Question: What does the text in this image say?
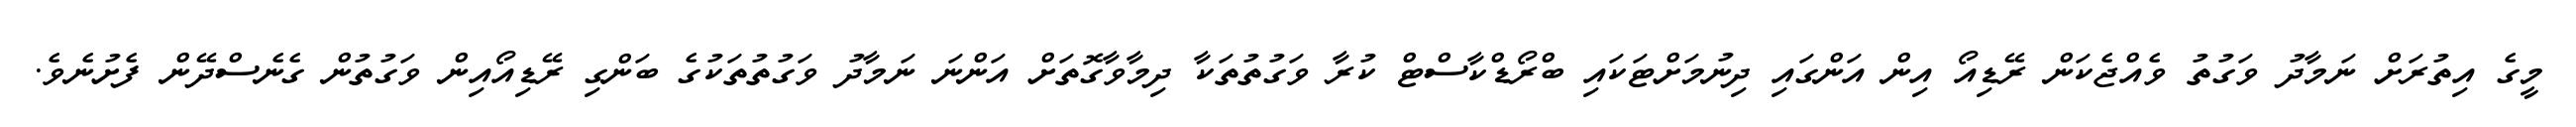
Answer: މީގެ އިތުރަށް ނަމާދު ވަގުތު ވެއްޖެކަން ރޭޑިއޯ އިން އަންގައި ދިނުމަށްޓަކައި ބްރޯޑްކާސްޓް ކުރާ ވަގުތުތަކާ ދިމާވާގޮތަށް އަންނަ ނަމާދު ވަގުތުތަކުގެ ބަންގި ރޭޑިއޯއިން ވަގުތުން ގެނެސްދޭން ފެށުނެވެ.